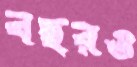
বছরও